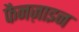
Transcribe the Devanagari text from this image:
फैनज़ाइन